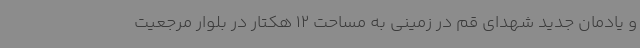
و یادمان جدید شهدای قم در زمینی به مساحت 12 هکتار در بلوار مرجعیت